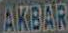
AKBAR